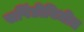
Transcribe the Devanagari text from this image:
सपिंडीविधीत